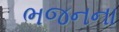
ભજનના